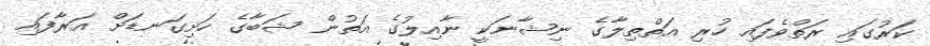
ކަރުގައި ރަތްވެފައި ހުރި އަތްތިލާގެ ނިޝާނަކީ ނާއިލުގެ އަތުން ޝަބާގެ ހަށިގަނޑަށް އަރާފައި